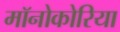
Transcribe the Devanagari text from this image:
मॉनोकोरिया